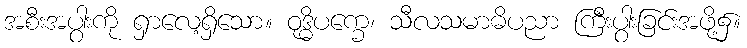
အစီးအပွါးကို ရှာလေ့ရှိသော။ ဝုဒ္ဓိပက္ခေ၊ သီလသမာဓိပညာ ကြီးပွါးခြင်းအဖို့၌။